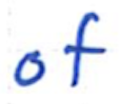
Text: of
Cross-out: clean
Writing tool: ballpoint